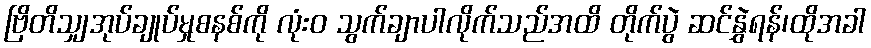
ဗြိတိသျှအုပ်ချုပ်မှုစနစ်ကို လုံးဝ သွက်ချာပါလိုက်သည်အထိ တိုက်ပွဲ ဆင်နွှဲရန်၊ထိုအခါ